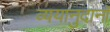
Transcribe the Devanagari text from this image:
व्ययानुदानॉ